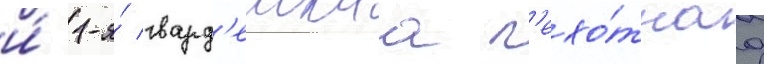
и́ 1-я́ гвард'еискаа п'ехо́тнаа